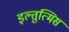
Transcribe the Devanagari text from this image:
इल्तुत्मिस